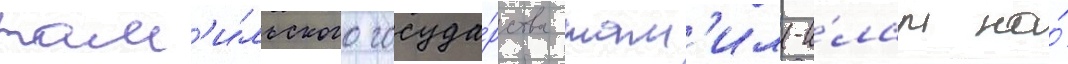
там'и́льского госуда́рства там'ил-и́лам на́